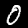
Digit: 0